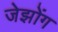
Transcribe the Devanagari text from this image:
जेझोंग